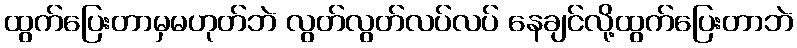
ထွက်ပြေးတာမှမဟုတ်ဘဲ လွတ်လွတ်လပ်လပ် နေချင်လို့ထွက်ပြေးတာဘဲ